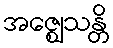
အဇ္ဈေသန္တိ